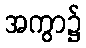
အကွာ၌